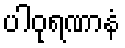
ပါဝုရဏာနံ